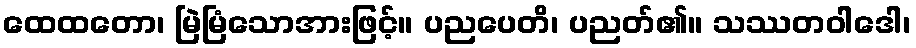
ထေထတော၊ မြဲမြံသောအားဖြင့်။ ပညပေတိ၊ ပညတ်၏။ သဿတဝါဒေါ၊